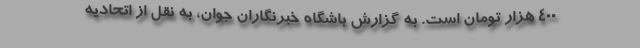
۴۰۰ هزار تومان است. به گزارش باشگاه خبرنگاران جوان، به نقل از اتحادیه